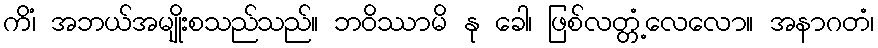
ကိံ၊ အဘယ်အမျိုးစသည်သည်။ ဘဝိဿာမိ နု ခေါ၊ ဖြစ်လတ္တံ့လေလော။ အနာဂတံ၊